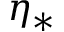
\eta _ { * }